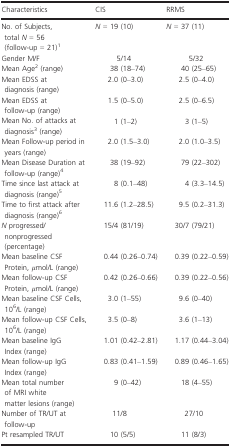
<table><thead><tr><td><b>Characteristics</b></td><td><b>CIS</b></td><td><b>RRMS</b></td></tr></thead><tbody><tr><td>No. of Subjects, total <i>N</i> = 56 (follow‐up = 21)a</td><td><i>N</i> = 19 (10)</td><td><i>N</i> = 37 (11)</td></tr><tr><td>Gender M/F</td><td>5/14</td><td>5/32</td></tr><tr><td>Mean Ageb (range)</td><td>38 (18–74)</td><td>40 (25–65)</td></tr><tr><td>Mean EDSS at diagnosis (range)</td><td>2.0 (0–3.0)</td><td>2.5 (0–4.0)</td></tr><tr><td>Mean EDSS at follow‐up (range)</td><td>1.5 (0–5.0)</td><td>2.5 (0–6.5)</td></tr><tr><td>Mean No. of attacks at diagnosisc (range)</td><td>1 (1–2)</td><td>3 (1–5)</td></tr><tr><td>Mean Follow‐up period in years (range)</td><td>2.0 (1.5–3.0)</td><td>2.0 (1.0–3.5)</td></tr><tr><td>Mean Disease Duration at follow‐up (range)d</td><td>38 (19–92)</td><td>79 (22–302)</td></tr><tr><td>Time since last attack at diagnosis (range)e</td><td>8 (0.1–48)</td><td>4 (3.3–14.5)</td></tr><tr><td>Time to first attack after diagnosis (range)f</td><td>11.6 (1.2–28.5)</td><td>9.5 (0.2–31.3)</td></tr><tr><td><i>N</i> progressed/nonprogressed (percentage)</td><td>15/4 (81/19)</td><td>30/7 (79/21)</td></tr><tr><td>Mean baseline CSF Protein, <i>μ</i>mol/L (range)</td><td>0.44 (0.26–0.74)</td><td>0.39 (0.22–0.59)</td></tr><tr><td>Mean follow‐up CSF Protein, <i>μ</i>mol/L (range)</td><td>0.42 (0.26–0.66)</td><td>0.39 (0.22–0.56)</td></tr><tr><td>Mean baseline CSF Cells, 10<sup>6</sup>/L (range)</td><td>3.0 (1–55)</td><td>9.6 (0–40)</td></tr><tr><td>Mean follow‐up CSF Cells, 10<sup>6</sup>/L (range)</td><td>3.5 (0–8)</td><td>3.6 (1–13)</td></tr><tr><td>Mean baseline IgG Index (range)</td><td>1.01 (0.42–2.81)</td><td>1.17 (0.44–3.04)</td></tr><tr><td>Mean follow‐up IgG Index (range)</td><td>0.83 (0.41–1.59)</td><td>0.89 (0.46–1.65)</td></tr><tr><td>Mean total number of MRI white matter lesions (range)</td><td>9 (0–42)</td><td>18 (4–55)</td></tr><tr><td>Number of TR/UT at follow‐up</td><td>11/8</td><td>27/10</td></tr><tr><td>Pt resampled TR/UT</td><td>10 (5/5)</td><td>11 (8/3)</td></tr></tbody></table>